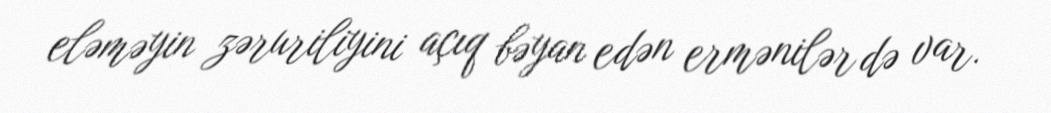
eləməyin zəruriliyini açıq bəyan edən ermənilər də var.